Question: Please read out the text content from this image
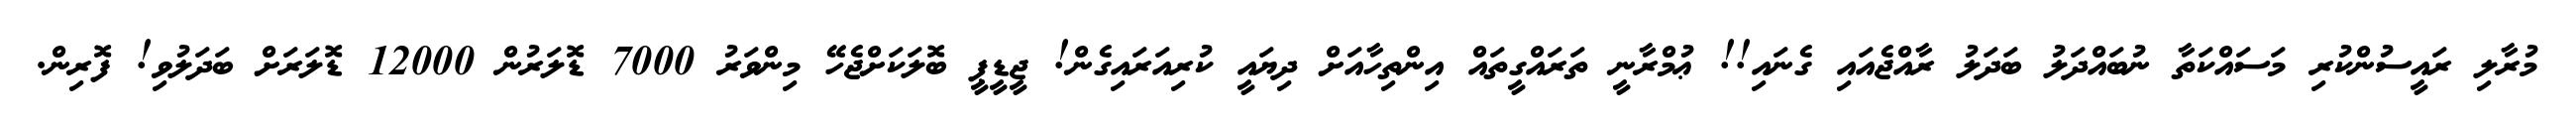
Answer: މުރާލި ރައީސުންކުރި މަސައްކަތާ ނުބައްދަލު ބަދަލު ރާއްޖެއައި ގެނައި!! ޢުމްރާނީ ތަރައްގީތައް އިންތިހާއަށް ދިޔައީ ކުރިއަރައިގެން! ޖީޑީޕީ ބޮލަކަށްޖެހޭ މިންވަރު 7000 ޑޮލަރުން 12000 ޑޮލަރަށް ބަދަލުވި! ފޮރިން.